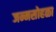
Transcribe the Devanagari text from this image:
जन्मसोहळा